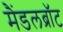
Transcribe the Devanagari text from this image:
मैंडलब्रॉट